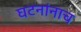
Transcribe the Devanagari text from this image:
घटनांनाच